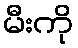
မီးကို